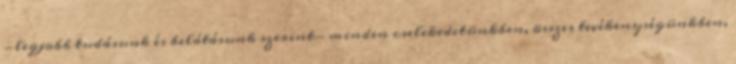
-legjobb tudásunk és belátásunk szerint- minden cselekedetünkben, összes tevékenységünkben,